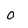
Character: o